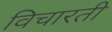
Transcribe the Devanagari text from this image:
विचारती